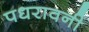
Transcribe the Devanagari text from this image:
पधरावनी